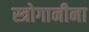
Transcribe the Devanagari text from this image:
स्त्रोगानीना